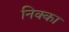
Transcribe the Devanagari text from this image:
निक्का